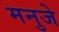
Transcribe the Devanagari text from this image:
मनुजे